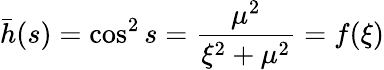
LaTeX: \bar{h}(s)=\cos^{2}s=\frac{\mu^{2}}{\xi^{2}+\mu^{2}}=f(\xi)